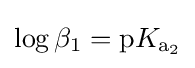
\log \beta _{1}=\mathrm {p} K_{{\ce {a2}}}